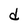
Character: d